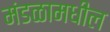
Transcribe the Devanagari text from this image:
मंडळामधील